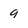
Character: 9